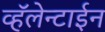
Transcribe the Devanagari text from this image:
व्हॅलेन्टाईन